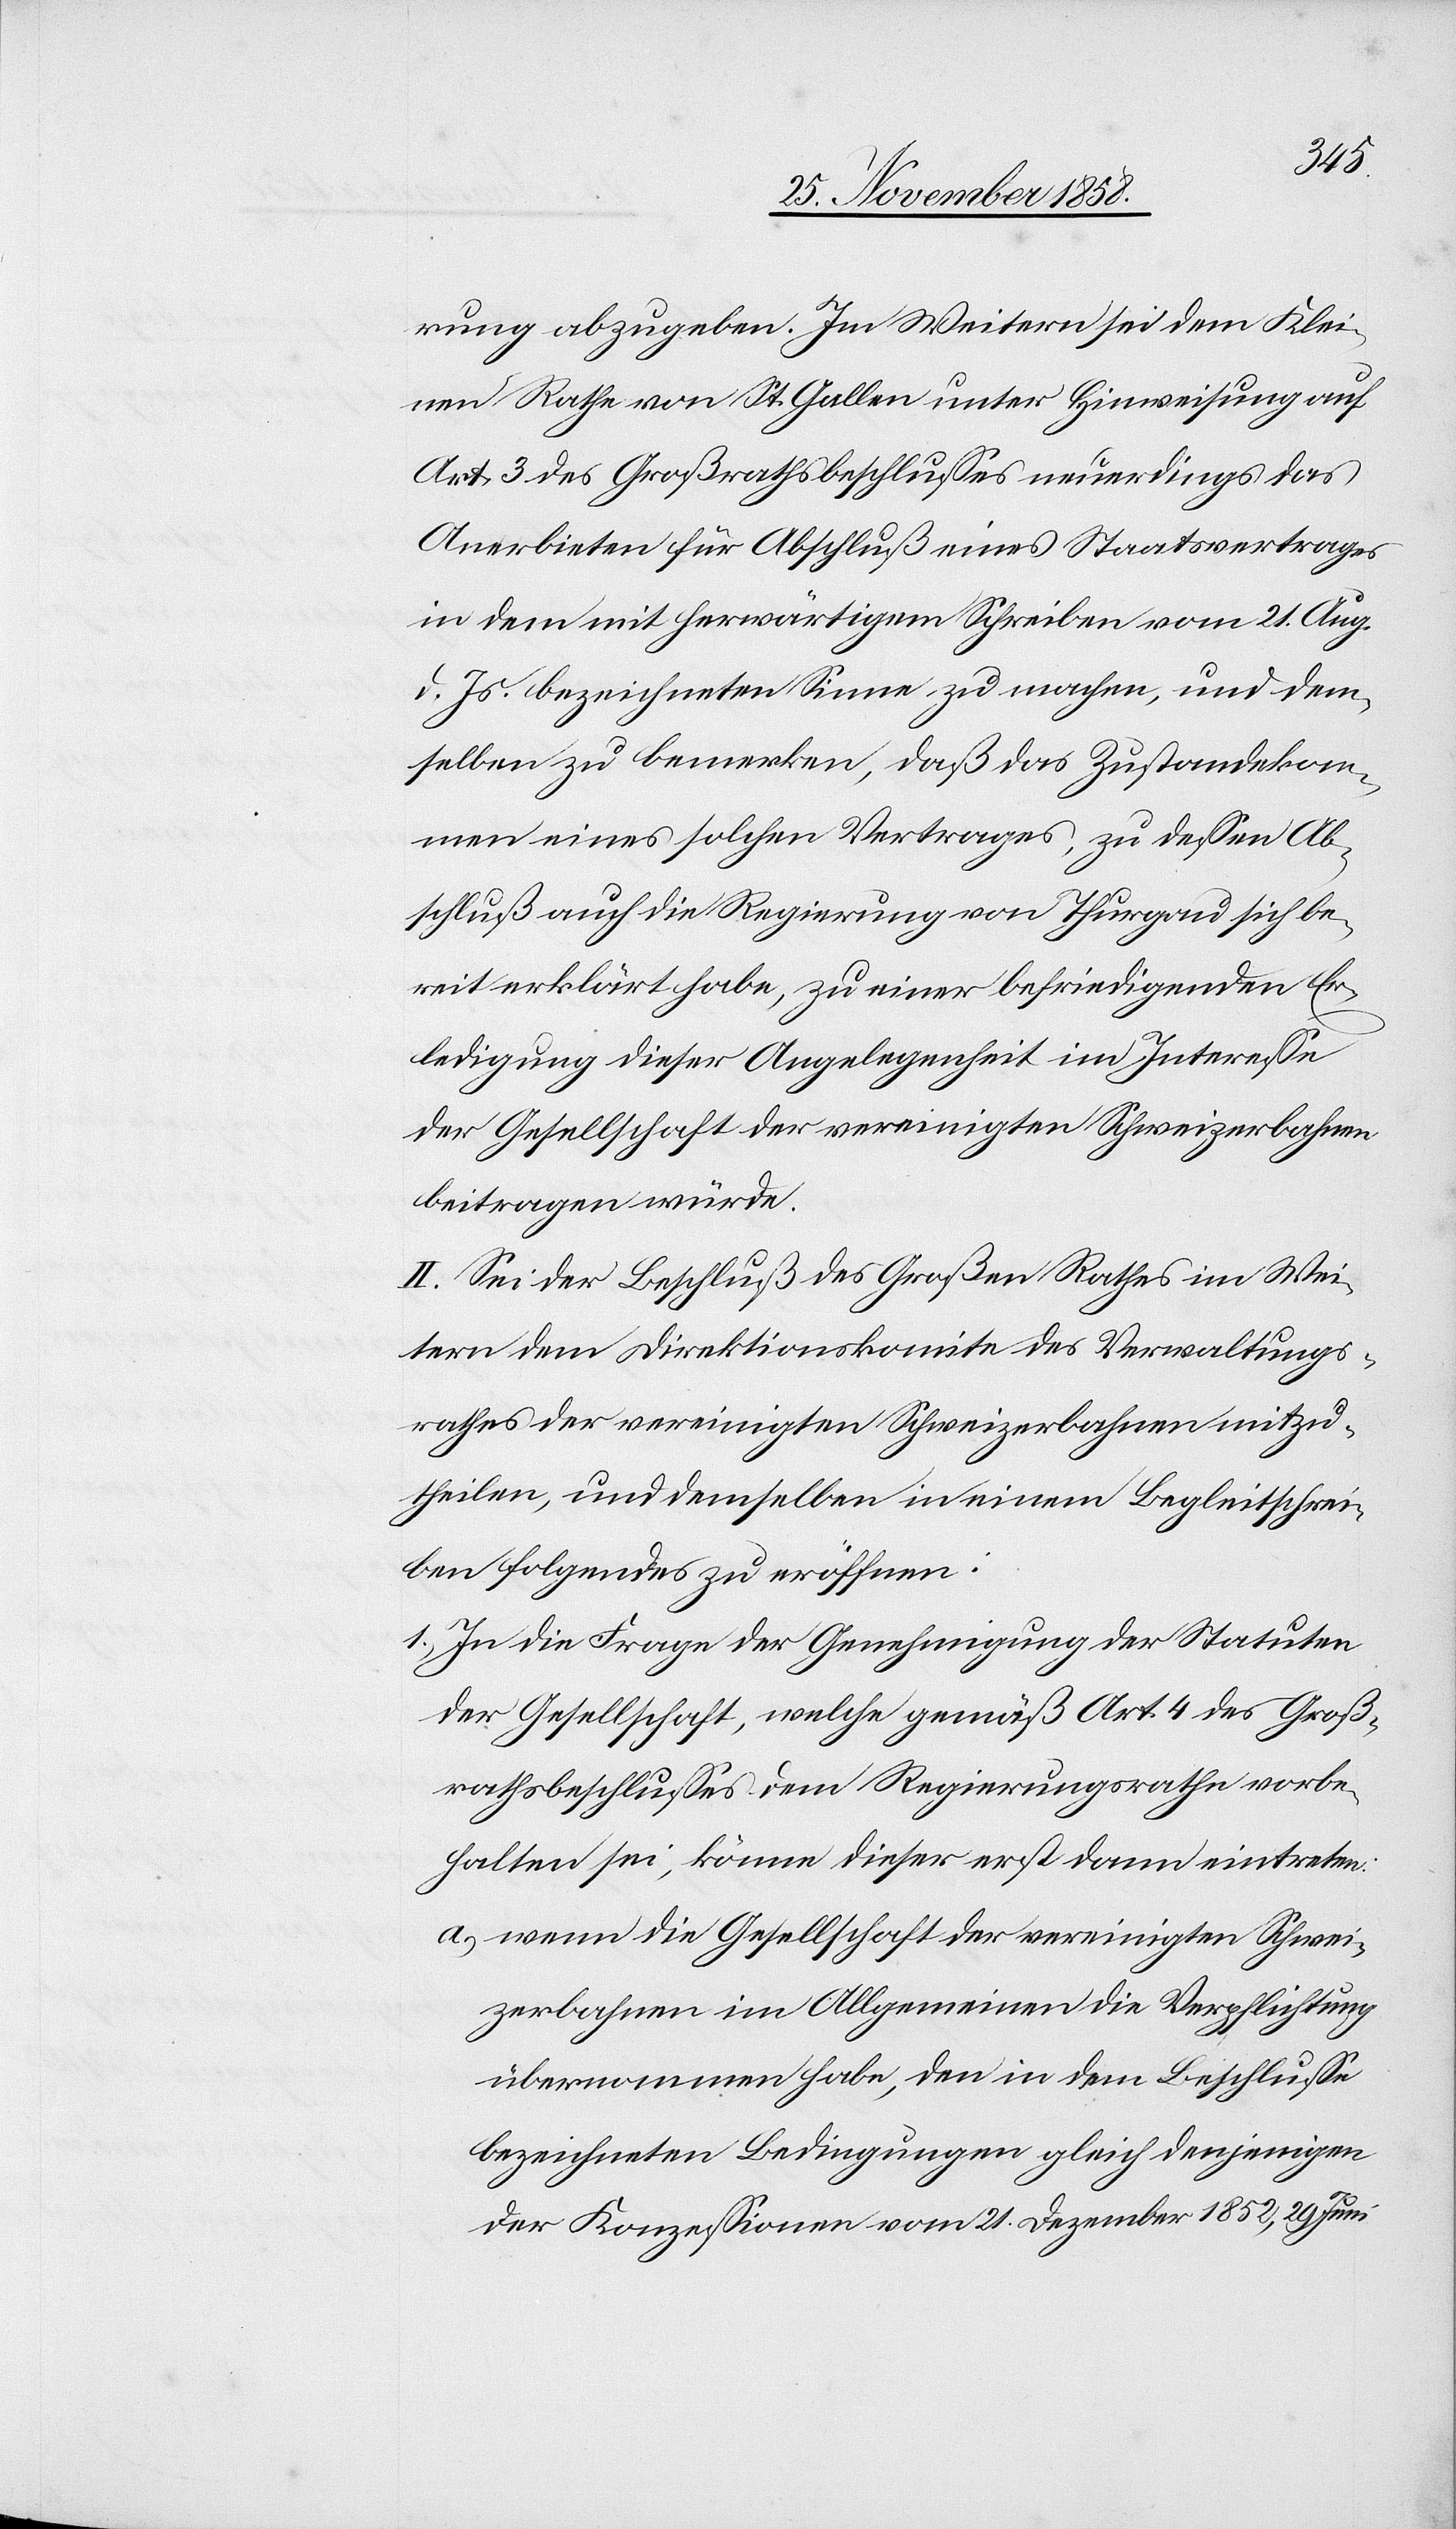
rung abzugeben. Im Weitern sei dem Klei¬
nen Rathe von St. Gallen unter Hinweisung auf
Art. 3 des Großrathsbeschlusses neuerdings das
Anerbieten für Abschluß eines Staatsvertrages
in dem mit herwärtigem Schreiben vom 21. Aug.
d. Js. bezeichneten Sinne zu machen, und dem¬
selben zu bemerken, daß das Zustandekom¬
men eines solchen Vertrages, zu dessen Ab¬
schluß auch die Regierung von Thurgau sich be¬
reit erklärt habe, zu einer befriedigenden Er¬
ledigung dieser Angelegenheit im Interesse
der Gesellschaft der vereinigten Schweizerbahnen
beitragen würde.
II. Sei der Beschluß des Großen Rathes im Wei¬
tern dem Direktionskomite des Verwaltungs¬
rathes der vereinigten Schweizerbahnen mitzu¬
theilen, und demselben in einem Begleitschrei¬
ben folgendes zu eröffnen:
In die Frage der Genehmigung der Statuten
der Gesellschaft, welche gemäß Art. 4 des Groß¬
rathsbeschlusses dem Regierungsrathe vorbe¬
halten sei, könne dieser erst dann eintreten:
wenn die Gesellschaft der vereinigten Schwei¬
zerbahnen im Allgemeinen die Verpflichtung
übernommen habe, den in dem Beschlusse
bezeichneten Bedingungen gleich denjenigen
der Konzessionen vom 21. Dezember 1852, 29 Juni